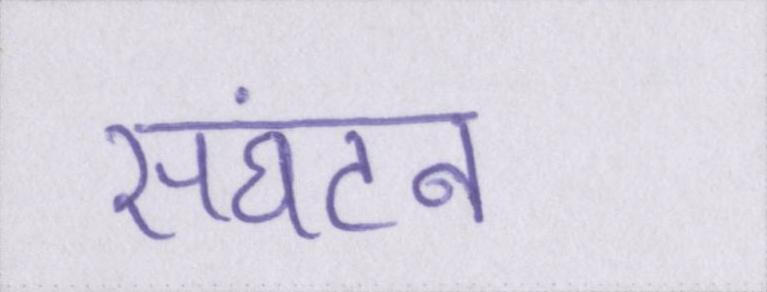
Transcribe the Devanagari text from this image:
संघटन